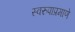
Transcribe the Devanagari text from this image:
स्वरुपाप्रमाणे